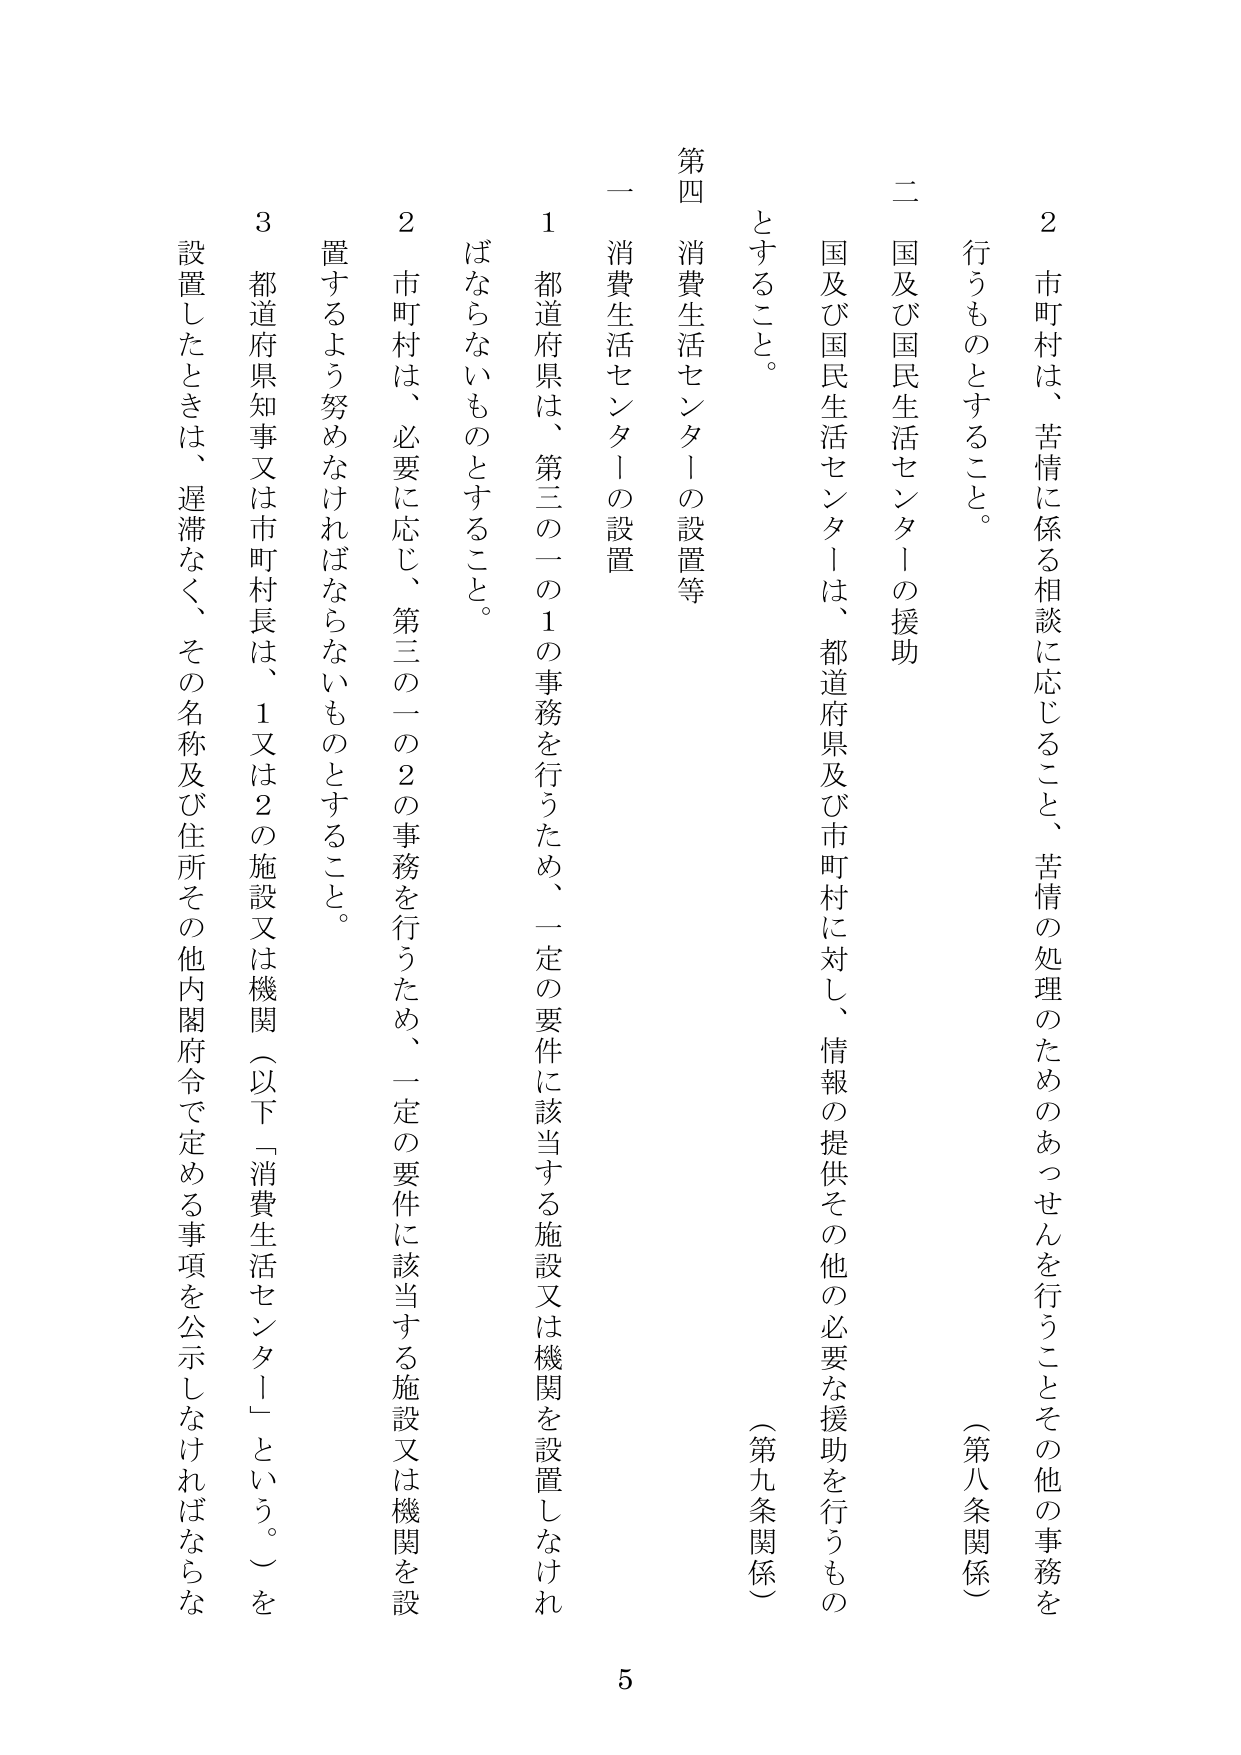
2 市町村は、苦情に係る相談に応じること、苦情の処理のためのあっせんを行うことその他 の事務を 行うものとする。

（第八条関係）

二 国及び国民生活センターの援助

国及び国民生活センターは、都道府県及び市町村に対し、情報の提供その他必要な援助を行うもの とする。

（第九条関係）

第四 消費生活センターの設置等

一 消費生活センターの設置

1 都道府県は、第三の一の1の事務を行うため、一定の要件に該当する施設又は機関を設置しなければならないものとする。

2 市町村は、必要に応じ、第三の一の2の事務を行うため、一定の要件に該当する施設又は機関を設置するよう努めなければならないものとする。

3 都道府県知事又は市町村長は、1又は2の施設又は機関（以下「消費生活センター」という。）を設置したときは、遅滞なく、その名称及び住所その他内閣府令で定める事項を公示しなければならない。

5